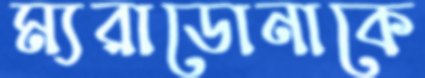
ম্যরাডোনাকে